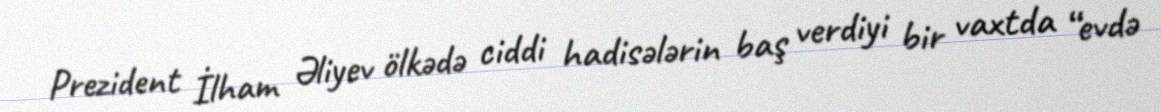
Prezident İlham Əliyev ölkədə ciddi hadisələrin baş verdiyi bir vaxtda “evdə